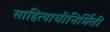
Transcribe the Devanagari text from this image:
साहित्याचीनिर्मिती